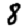
Digit: 8